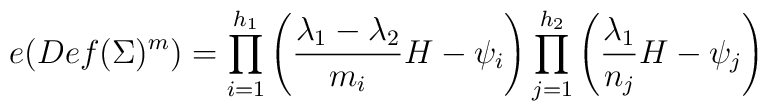
e(Def(\Sigma)^m) =\prod_{i=1}^{h_1}\left({\lambda_1-\lambda_2\over m_i}H -\psi_i\right) \prod_{j=1}^{h_2}\left({\lambda_1\over n_j}H -\psi_j\right)